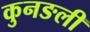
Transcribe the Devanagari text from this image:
कुनङली